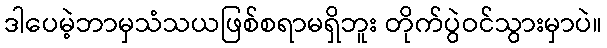
ဒါပေမဲ့ဘာမှသံသယဖြစ်စရာမရှိဘူး တိုက်ပွဲဝင်သွားမှာပဲ။